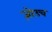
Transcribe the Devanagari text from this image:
ज़ोउच